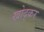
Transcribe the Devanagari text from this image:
खोद्कर